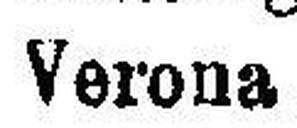
Verona